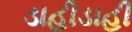
ડાહીડાહી